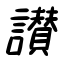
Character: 讃